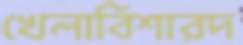
খেলাবিশারদ